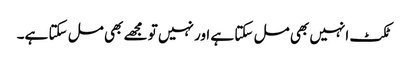
ٹکٹ انہیں بھی مل سکتا ہے اور نہیں تو مجھے بھی مل سکتا ہے۔